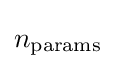
n_{\text{params}}